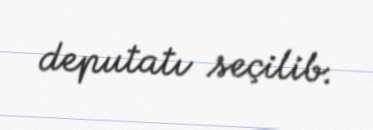
deputatı seçilib.